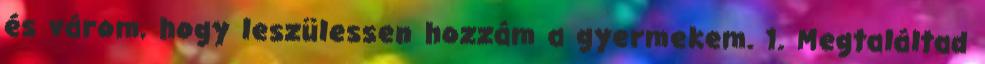
és várom, hogy leszülessen hozzám a gyermekem. 1. Megtaláltad